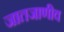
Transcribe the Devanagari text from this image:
जातजाणीव